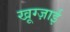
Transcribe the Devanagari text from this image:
खूग्ज़ाई